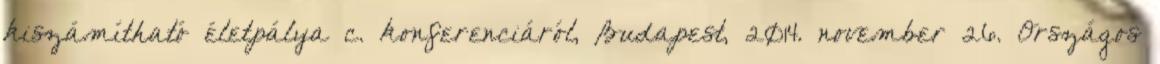
kiszámítható életpálya c. konferenciáról, Budapest, 2014. november 26. Országos